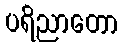
ပရိညာတော